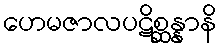
ဟေမဇာလပဋိစ္ဆန္နာနိ